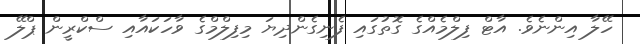
ހޭލާ އިންނެވެ. އާޓް ފިލްމެއްގެ ގޮތުގައި ފެނިގެންދިޔަ މިފިލްމްގެ ވާހަކައާއި ސްކްރީން ޕްލޭ